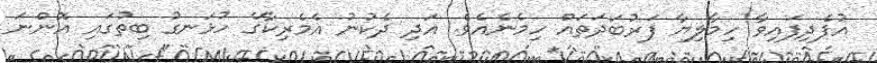
އުފެދިފައިވާ ހިމާލިޔާ ފަރުބަދަތައް ހިމެނެއެވެ. އަދި ދެކުނު އެމެރިކާގެ ހުޅަނގު ބިތުގައި އޮންނަ